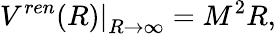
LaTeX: \left.V^{ren}(R)\right|_{R\to\infty}=M^{2}R,